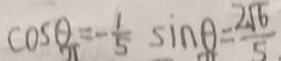
\cos \theta = - \frac { 1 } { 5 } \sin \theta = \frac { 2 \sqrt { 6 } } { 5 }